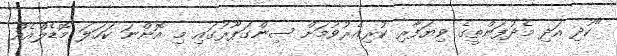
"ކުދި އަދި މެދުފަންތީގެ ވިޔަފާރި ކުރިއެރުވުމަށް ސިންގަޕޫރުގައި މި އޮންނަ ކަހަލަ މޮޑެލްއެއް